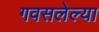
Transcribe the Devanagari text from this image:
गवसलेल्या